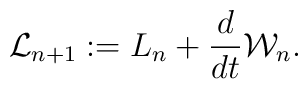
{\cal L}_{n+1} :=   L_{n} + { d \over dt }{\cal W}_{n}.